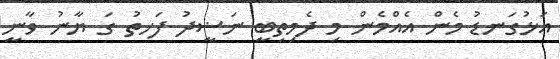
އަޅުގަނޑު މެން އެއްމެން މި ދެމިތިބީ ނަޟީދު ފަހތު ގަ ޔާނު ވާނީ